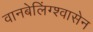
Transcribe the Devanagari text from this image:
वानबेलिंग्श्वासेन